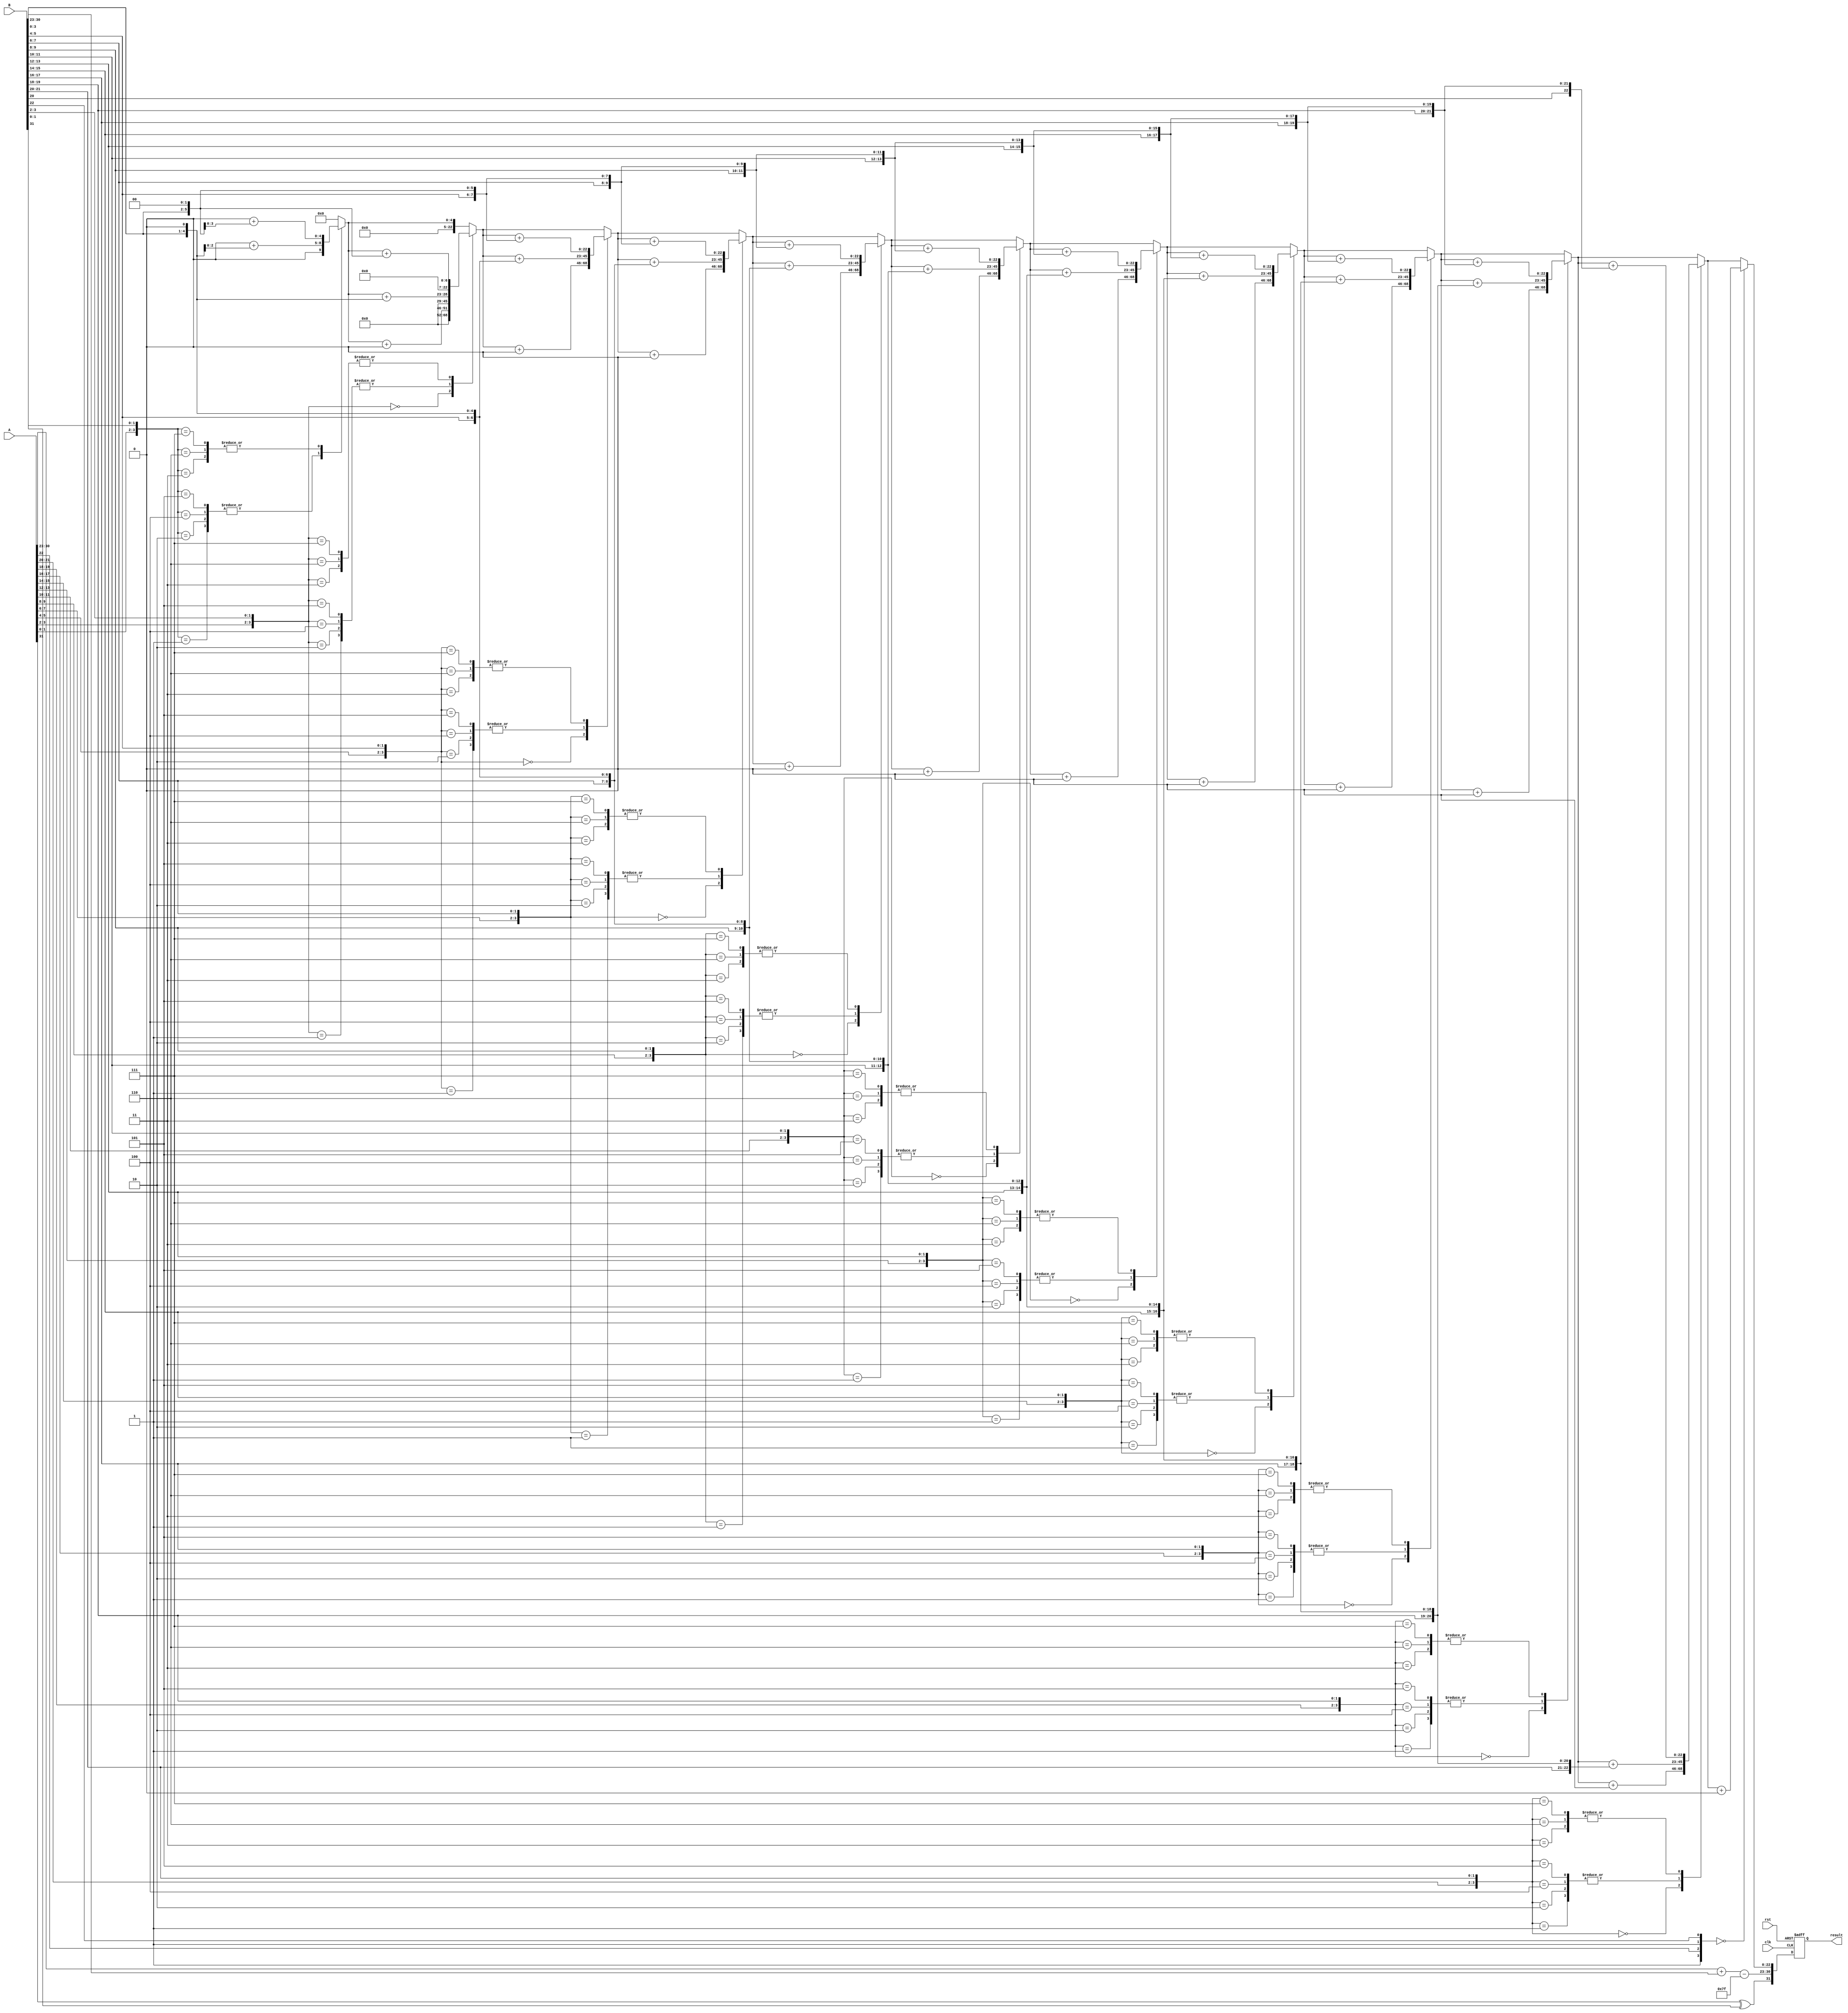
module radix4_floating_point_multiplier (
    input wire clk,
    input wire rst,
    input wire [31:0] A, // IEEE 754 single-precision input
    input wire [31:0] B, // IEEE 754 single-precision input
    output reg [31:0] result // IEEE 754 single-precision output
);

    // Extract sign, exponent, and mantissa from inputs
    wire sign_A = A[31];
    wire sign_B = B[31];
    wire [7:0] exp_A = A[30:23];
    wire [7:0] exp_B = B[30:23];
    wire [22:0] mant_A = A[22:0];
    wire [22:0] mant_B = B[22:0];

    // Bias for single-precision
    localparam EXP_BIAS = 8'd127;

    // Sign of the result
    wire sign_result = sign_A ^ sign_B;

    // Exponent calculation
    wire [8:0] exp_sum = {1'b0, exp_A} + {1'b0, exp_B} - EXP_BIAS; // Add exponents and subtract bias
    wire [7:0] exp_result = exp_sum[7:0];

    // Normalize mantissas (add implicit leading 1)
    wire [23:0] norm_mant_A = {1'b1, mant_A}; // 24 bits
    wire [23:0] norm_mant_B = {1'b1, mant_B}; // 24 bits

    // Radix-4 Booth encoding for mantissa multiplication
    reg [47:0] partial_product; // 48 bits to hold partial products

    integer i;
    always @(*) begin
        partial_product = 0;

        for (i = 0; i < 24; i = i + 2) begin
            case ({norm_mant_A[i + 1], norm_mant_A[i], norm_mant_B[i + 1], norm_mant_B[i]})
                4'b0000: partial_product = partial_product + 0; // 0
                4'b0001: partial_product = partial_product + {norm_mant_B[i + 1:0], 1'b0}; // 01
                4'b0010: partial_product = partial_product + {norm_mant_B[i + 1:0], 1'b0}; // 10
                4'b0011: partial_product = partial_product + {norm_mant_B[i + 1:0], 2'b00}; // 11
                4'b0100: partial_product = partial_product + {norm_mant_B[i + 1:0], 1'b0}; // 01
                4'b0101: partial_product = partial_product + {norm_mant_B[i + 1:0], 1'b0}; // 10
                4'b0110: partial_product = partial_product + {norm_mant_B[i + 1:0], 2'b00}; // 11
                4'b0111: partial_product = partial_product + {norm_mant_B[i + 1:0], 2'b00}; // 11
                // additional cases for negative and other combinations can be added
                default: partial_product = partial_product; // Default case
            endcase
        end
    end

    // Final result assembly
    always @(posedge clk or negedge rst) begin
        if (!rst) begin
            result <= 32'b0;
        end else begin
            // Normalize the mantissa and adjust exponent if necessary
            // Here we assume partial_product is already aligned and normalized
            // This portion will need additional logic for actual normalization and rounding

            // Output result
            result <= {sign_result, exp_result, partial_product[22:0]}; // Truncate to 23 bits
        end
    end

endmodule